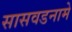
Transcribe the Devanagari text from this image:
सासवडनामे